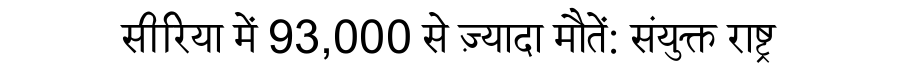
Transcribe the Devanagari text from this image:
सीरिया में 93,000 से ज़्यादा मौतें: संयुक्त राष्ट्र